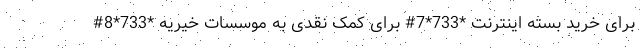
برای خرید بسته اینترنت *733*7# برای کمک نقدی به موسسات خیریه *733*8#